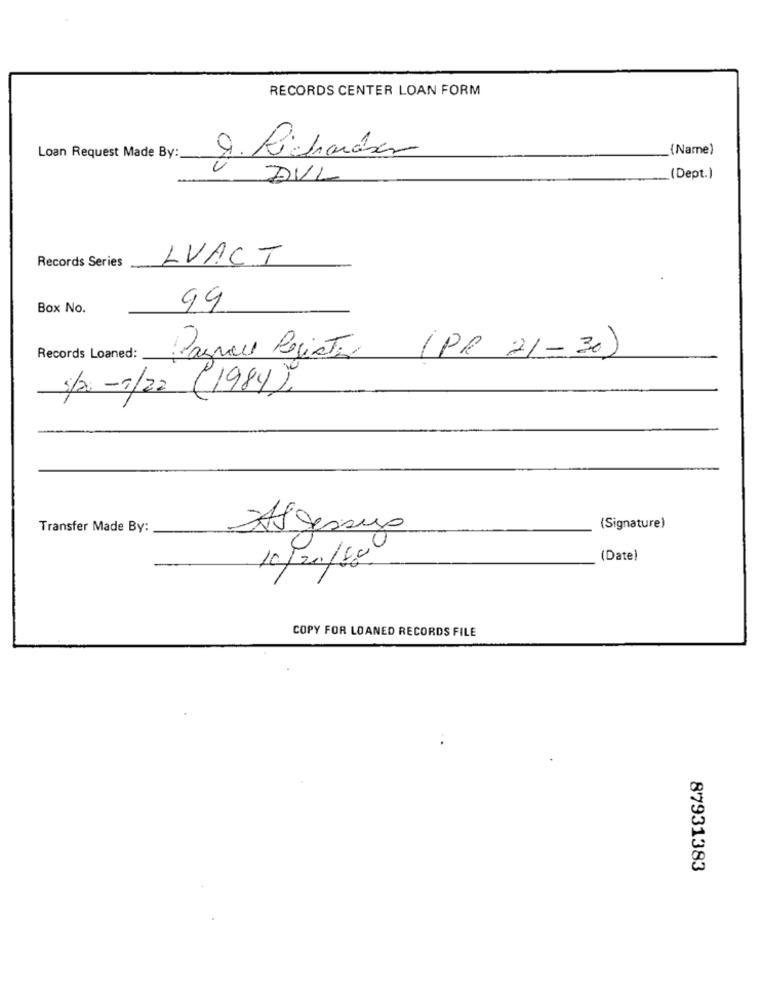
RECORDS CENTER LOAN FORM
(Name)
Loan Request Made By:
9. Richardson
DVL
(Dept.)
Records Series
LVACT
Box No.
99
Records Loaned:
Paguece Registo (PR 21 -30)
s/2 -1/22 (1984),
Transfer Made By:
Algersua
(Signature)
(Date)
10/201/68
COPY FOR LOANED RECORDS FILE
87931383